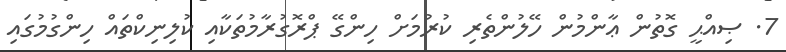
7. ޞިއްޙީ ގޮތުން ޢާންމުން ހޭލުންތެރި ކުރުމަށް ހިންގޭ ޕްރޮގުރާމުތަކާއި ކުލިނިކްތައް ހިންގުމުގައި